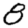
Digit: 8